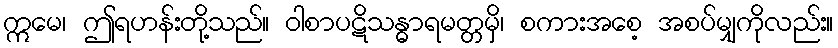
ဣမေ၊ ဤရဟန်းတို့သည်။ ဝါစာပဋိသန္ဓာရမတ္တမှိ၊ စကားအစေ့ အစပ်မျှကိုလည်း။